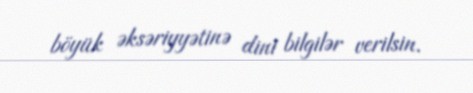
böyük əksəriyyətinə dini bilgilər verilsin.